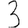
Digit: 3